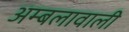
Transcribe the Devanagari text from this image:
अम्बलावाली